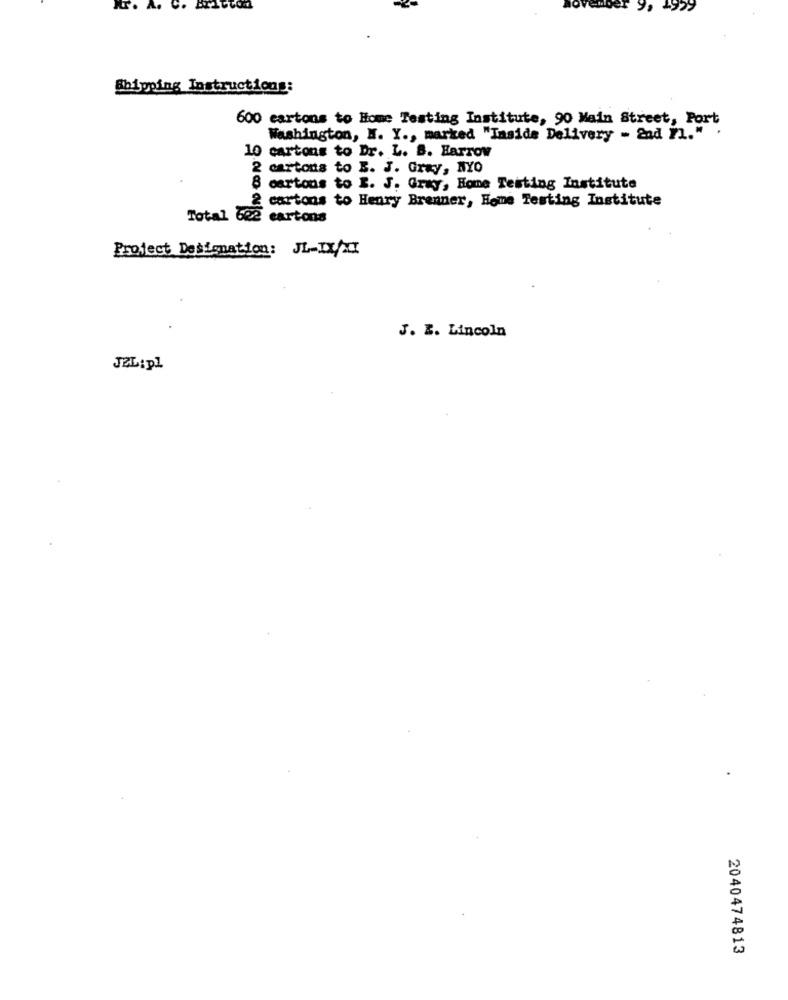
Shipping Instructions:
600 cartons to Home Testing Institute, 90 Main Street, Port
Washington, N. Y ., marked "Inside Delivery - &ad Fl." .
10 cartons to Dr. L. S. Harrow
2 cartons to B. J. Gray, NYO
cartons to I. J. Gray, Home Testing Institute
2 cartons to Henry Brenner, Home Testing Institute
Total 602 cartons
Project Designation: JL-IX/XI
J. E. Lincoln
JEL: pl
2040474813